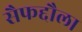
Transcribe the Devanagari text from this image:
सैफद्दौला